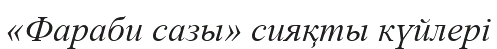
«Фараби сазы» сияқты күйлері